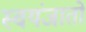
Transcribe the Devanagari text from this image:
स्वयंजातो